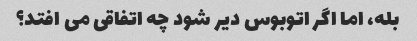
بله، اما اگر اتوبوس دیر شود چه اتفاقی می افتد؟